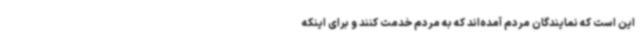
این است که نمایندگان مردم آمده‌اند که به مردم خدمت کنند و برای اینکه